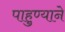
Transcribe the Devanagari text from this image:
पाहुण्याने